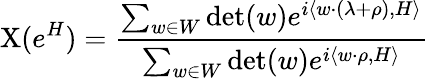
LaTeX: \mathrm{X}(e^{H})={\frac{\sum_{w\in W}\operatorname*{det}(w)e^{i\langle w\cdot(\lambda+\rho),H\rangle}}{\sum_{w\in W}\operatorname*{det}(w)e^{i\langle w\cdot\rho,H\rangle}}}